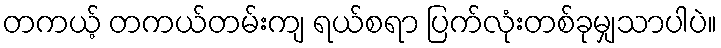
တကယ့် တကယ်တမ်းကျ ရယ်စရာ ပြက်လုံးတစ်ခုမျှသာပါပဲ။